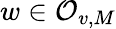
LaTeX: w\in\mathcal{O}_{v,M}